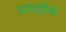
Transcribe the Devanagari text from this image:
माघशीर्ष